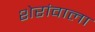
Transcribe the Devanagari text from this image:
शेरांवाला